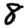
Digit: 8